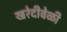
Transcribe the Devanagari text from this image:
खरेदीवेळी